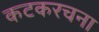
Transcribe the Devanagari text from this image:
कटकरचना